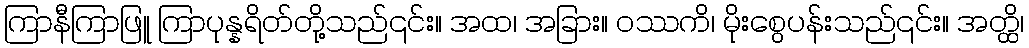
ကြာနီကြာဖြူ ကြာပုန္နရိတ်တို့သည်၎င်း။ အထ၊ အခြား။ ဝဿကိ၊ မိုးစွေပန်းသည်၎င်း။ အတ္ထိ၊